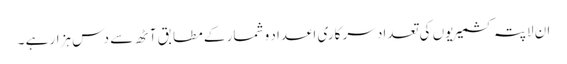
ان لاپتہ کشمیریوں کی تعداد سر کاری اعداد و شمار کے مطابق آٹھ سے دس ہزار ہے ۔